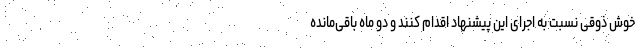
خوش ذوقی نسبت به اجرای این پیشنهاد اقدام کنند و دو ماه باقی‌مانده